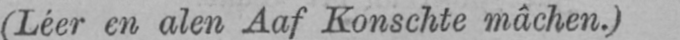
(Léer en alen Aaf Konschte mâchen.)